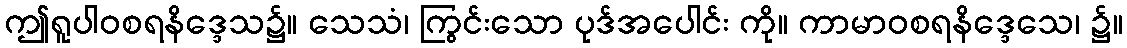
ဤရူပါဝစရနိဒ္ဒေသ၌။ သေသံ၊ ကြွင်းသော ပုဒ်အပေါင်း ကို။ ကာမာဝစရနိဒ္ဒေသေ၊ ၌။